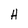
Character: H